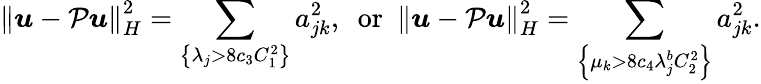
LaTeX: \left\lVert\boldsymbol{u}-\mathcal{P}\boldsymbol{u}\right\rVert_{H}^{2}=\sum_{\left\{ \lambda_{j}>8c_{3}C_{1}^{2}\right\} }a_{jk}^{2},\ \mathrm{~or~}\ \left\lVert\boldsymbol{u}-\mathcal{P}\boldsymbol{u}\right\rVert_{H}^{2}=\sum_{\left\{ \mu_{k}>8c_{4}\lambda_{j}^{b}C_{2}^{2}\right\} }a_{jk}^{2}.